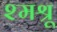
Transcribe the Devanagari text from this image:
श्मश्रू